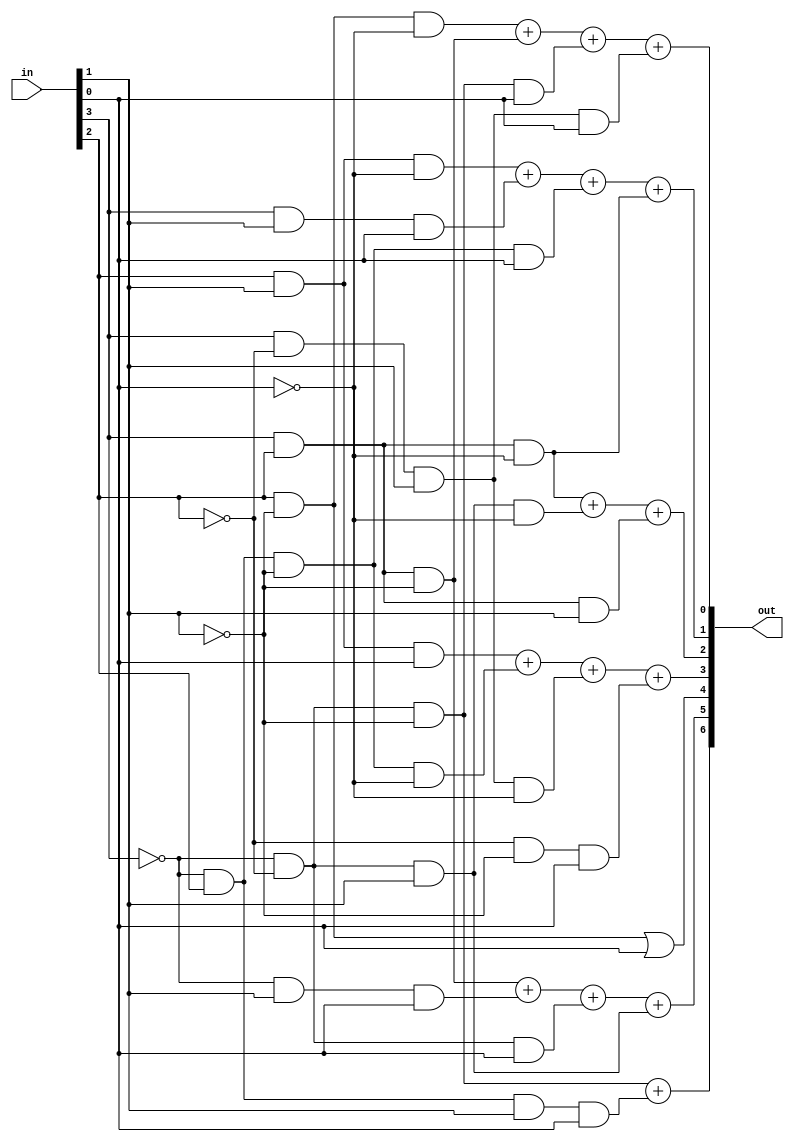
module seven_segment_display(

	in,			// accepts a four bit input
	out			// returns a six bit output
);

input [3:0] in; 	// A B C D
output [6:0] out; // F E D C B A

assign out[6] = (~in[3] & ~in[2] & ~in[1]) + (~in[3] & in[2] & in[1] & in[0]); 
assign out[5] = (in[3] & in[2] & ~in[1]) + (~in[3] & in[1] & in[0]) + (~in[3] & ~in[2] & in[0]) + (~in[3] & ~in[2] & in[1]); 
assign out[4] = (~in[1] & in[2]) | (in[0]);
assign out[3] = (in[2] & in[1] & in[0]) + (~in[3] & in[2] & ~in[1] & ~in[0]) + (in[3] & ~in[2] & in[1] & ~in[0]) + (~in[2] & ~in[1] & in[0]);
assign out[2] = (in[3] & in[2] & ~in[0]) + (~in[3] & ~in[2] & in[1] & ~in[0]) + (in[3] & in[2] & in[1]);
assign out[1] = (in[2] & in[1] & ~in[0]) + (in[3] & in[1] & in[0]) + (~in[3] & in[2] & ~in[1] & in[0]) + (in[3] & in[2] & ~in[0]);
assign out[0] = (in[2] & ~in[1] & ~in[0]) + (in[3] & in[2] & ~in[1]) + (~in[3] & ~in[2] & ~in[1] & in[0]) + (in[3] & ~in[2] & in[1] & in[0]);

endmodule